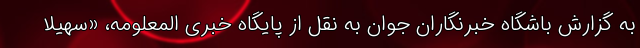
به گزارش باشگاه خبرنگاران جوان به نقل از پایگاه خبری المعلومه، «سهیلا